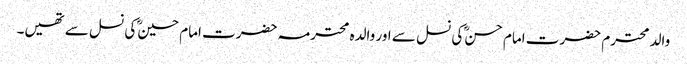
والد محترم حضرت امام حسنؓ کی نسل سے اور والدہ محترمہ حضرت امام حسینؓ کی نسل سے تھیں۔